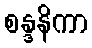
စန္ဒနိကာ